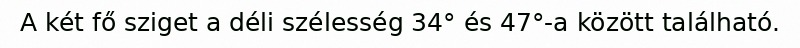
A két fő sziget a déli szélesség 34° és 47°-a között található.